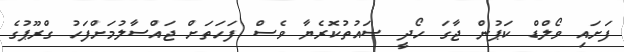
ފަށައި ވޯލްޑް ކަޕުން ޖާގަ ހޯދީ ސައުތުކޮރެޔާ ވެސް ފަހަތަށް ޖައްސާލުމަށްފަހު ގްރޫޕުގެ